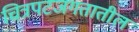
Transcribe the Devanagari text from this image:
चित्रपटजगतातील